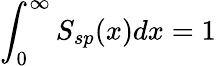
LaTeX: \int_{0}^{\infty}S_{sp}(x)dx=1